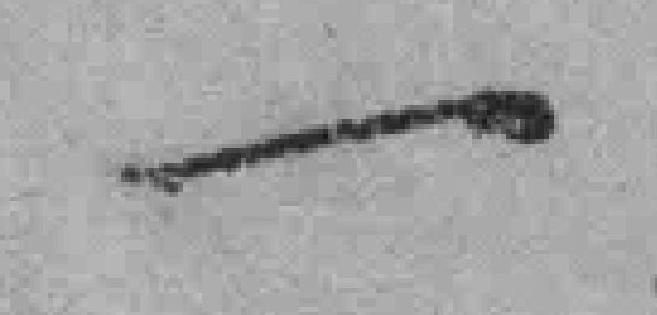
一